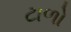
ટાળો